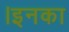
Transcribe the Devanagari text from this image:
।इनका